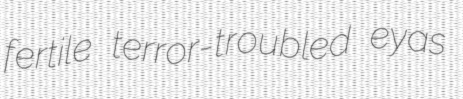
fertile terror-troubled eyas